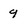
Character: 9